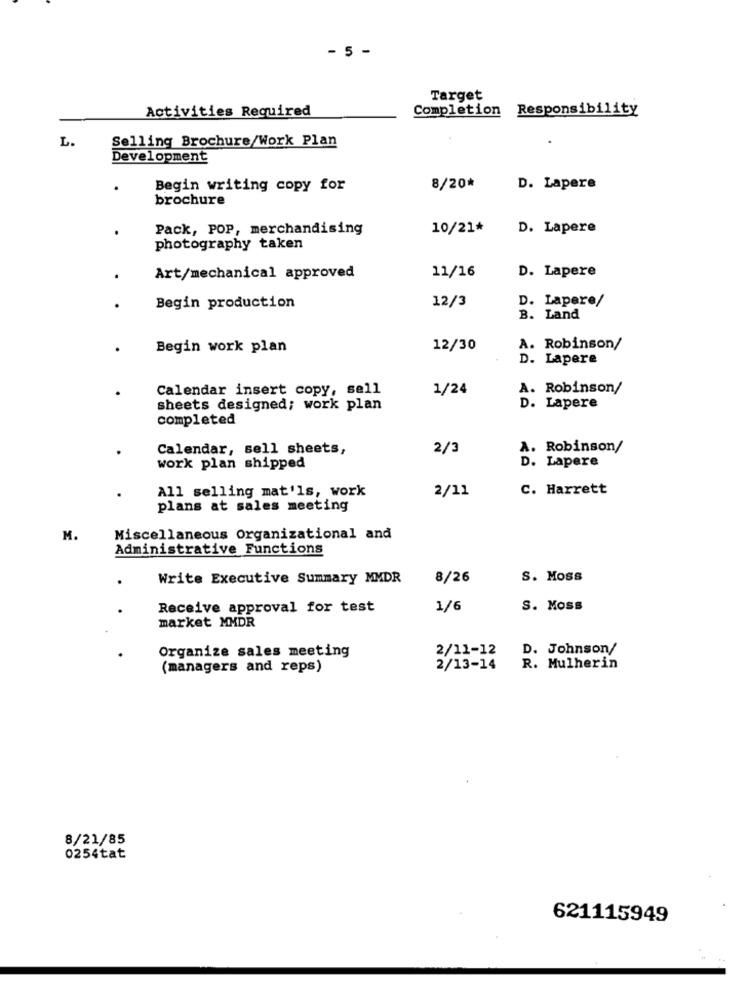
- 5 -
Target
Activities Required
Completion Responsibility
L.
Selling Brochure/Work Plan
Development
Begin writing copy for
8/20*
D. Lapere
brochure
.
Pack, POP, merchandising
10/21*
D. Lapere
photography taken
11/16
D. Lapere
Art/mechanical approved
12/3
D. Lapere/
Begin production
B. Land
Begin work plan
12/30
A. Robinson/
D. Lapere
Calendar insert copy, sell
1/24
A. Robinson/
sheets designed; work plan
D. Lapere
completed
Calendar, sell sheets,
2/3
A. Robinson/
work plan shipped
D. Lapere
All selling mat'ls, work
2/11
C. Harrett
plans at sales meeting
M.
Miscellaneous Organizational and
Administrative Functions
Write Executive Summary MMDR
8/26
S. Moss
Receive approval for test
1/6
S. Moss
market MMDR
Organize sales meeting
2/11-12
D. Johnson/
(managers and reps)
2/13-14
R. Mulherin
8/21/85
0254tat
621115949